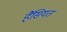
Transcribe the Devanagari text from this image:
हैंसियत